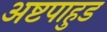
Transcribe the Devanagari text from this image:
अष्टपाहुड